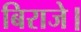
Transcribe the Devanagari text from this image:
बिराजे।